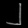
Digit: ၂